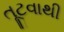
તૂટવાથી